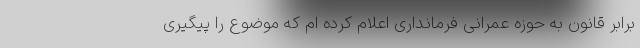
برابر قانون به حوزه عمرانی فرمانداری اعلام کرده ام که موضوع را پیگیری